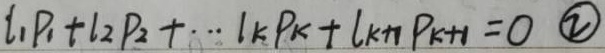
\(l_{1}P_{1}+l_{2}P_{2}+\cdots +l_{k}P_{k}+l_{k + 1}P_{k + 1}=0 \textcircled{2}\)